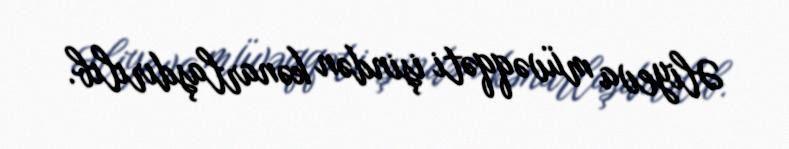
Əliyeva müvəqqəti işindən kənarlaşdırılıb.